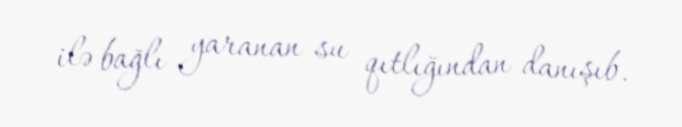
ilə bağlı yaranan su qıtlığından danışıb.